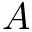
A